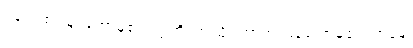
၁၉၂။ စင်မြင်တော်မူ၏။ ဣတိ၊ ဤသို့။ အာဟ၊ မိန့်တော်မူ၏။ ဘန္တေ၊